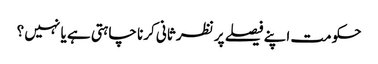
حکومت اپنے فیصلے پر نظر ثانی کرنا چاہتی ہے یا نہیں ؟